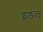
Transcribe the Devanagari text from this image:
इडल